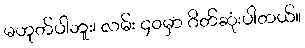
မဟုတ်ပါဘူး၊ လမ်း ၄၀မှာ ဂိတ်ဆုံးပါတယ်။